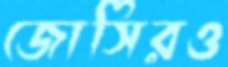
জোসিরও